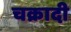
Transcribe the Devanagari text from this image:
चक्रादी